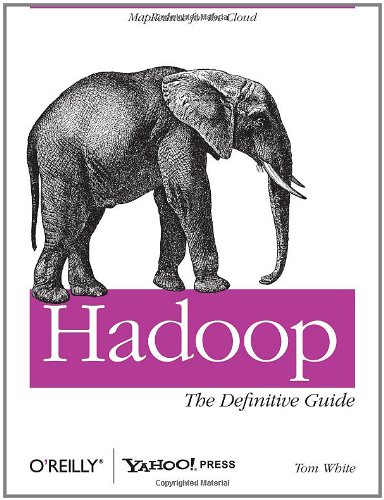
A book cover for Hadoop: The Definitive Guide; Tom White; Computers & Technology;